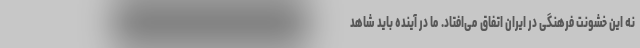
نه این خشونت فرهنگی در ایران اتفاق می‌افتاد. ما در آینده باید شاهد